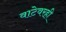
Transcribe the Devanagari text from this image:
वाटेवरही